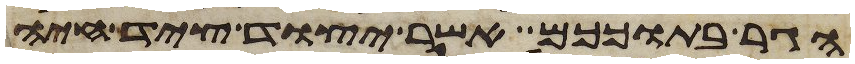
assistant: הגר בתוככם אשר יצוד ציד חיה